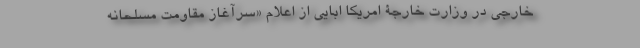
خارجی در وزارت خارجۀ امریکا ابایی از اعلام «‌سرآغاز مقاومت مسلحانه